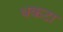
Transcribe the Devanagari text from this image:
धकटा